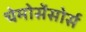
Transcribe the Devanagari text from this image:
चेमोसेंसोर्स